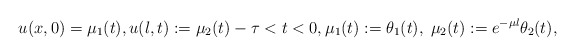
\begin{align*} u(x, 0) = \mu_{1}(t), u(l, t) := \mu_{2}(t) -\tau < t < 0, \mu_{1}(t) := \theta_{1}(t), \; \mu_{2}(t) := e^{-\mu l} \theta_{2}(t), \end{align*}